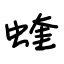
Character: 蝰